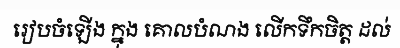
រៀបចំឡើង ក្នុង គោលបំណង លើកទឹកចិត្ត ដល់